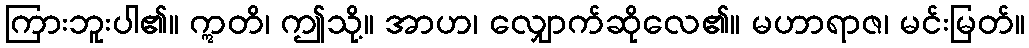
ကြားဘူးပါ၏။ ဣတိ၊ ဤသို့။ အာဟ၊ လျှောက်ဆိုလေ၏။ မဟာရာဇ၊ မင်းမြတ်။